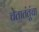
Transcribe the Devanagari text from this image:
चेतातंतूंचा